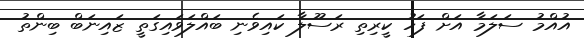
އުއްމު ސަލަމާ އަށް ފަހު ކީރިތި ރަސޫލާ ކައިވެނި ބައްލަވައިގަތީ ޒައިނަބް ބިންތު